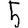
Digit: 5